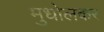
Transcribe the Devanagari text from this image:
मुधोलकर